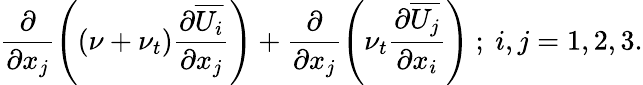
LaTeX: \frac{\partial}{\partial x_{j}}\left({(\nu+\nu_{t})\frac{\partial\overline{{U_{i}}}}{\partial x_{j}}}\right)+\frac{\partial}{\partial x_{j}}\left({\nu_{t}\frac{\partial\overline{{U_{j}}}}{\partial x_{i}}}\right)~;~i,j={1,2,3}.